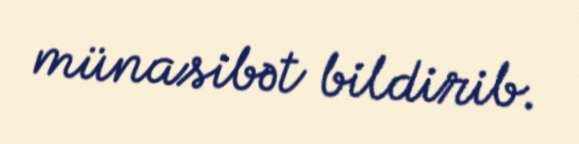
münasibət bildirib.